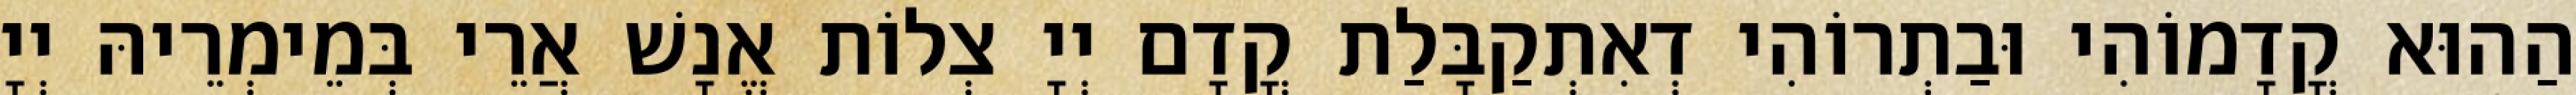
הַהוּא קֳדָמוֹהִי וּבַתְרוֹהִי דְאִתְקַבָּלַת קֳדָם יְיָ צְלוֹת אֱנָשׁ אֲרֵי בְּמֵימְרֵיהּ יְיָ